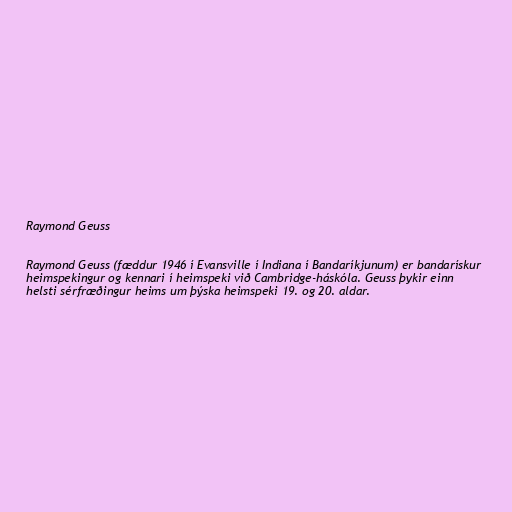
Raymond Geuss

Raymond Geuss (fæddur 1946 í Evansville í Indiana í Bandaríkjunum) er bandarískur
heimspekingur og kennari í heimspeki við Cambridge-háskóla. Geuss þykir einn
helsti sérfræðingur heims um þýska heimspeki 19. og 20. aldar.